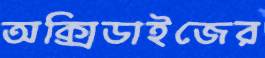
অক্সিডাইজের